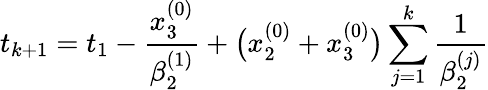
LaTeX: t_{k+1}=t_{1}-\frac{x_{3}^{(0)}}{\beta_{2}^{(1)}}+\bigl(x_{2}^{(0)}+x_{3}^{(0)}\bigr)\sum_{j=1}^{k}\frac{1}{\beta_{2}^{(j)}}